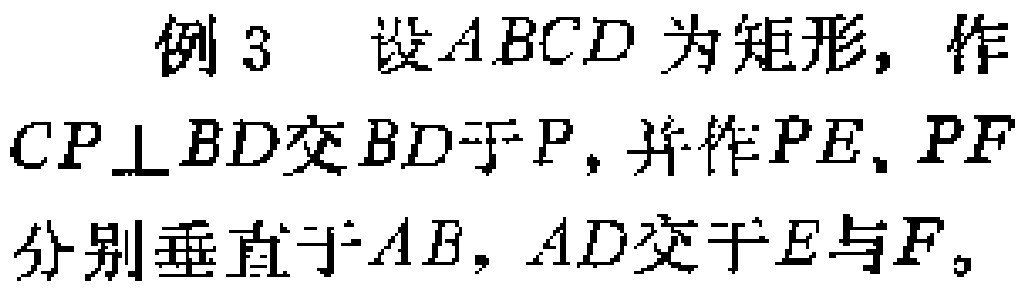
例 3 设 \(ABCD\) 为矩形，作 \(CP\perp BD\) 交 \(BD\) 于 \(P\)，并作 \(PE,PF\) 分别垂直于 \(AB,AD\) 交于 \(E\) 与 \(F\)。